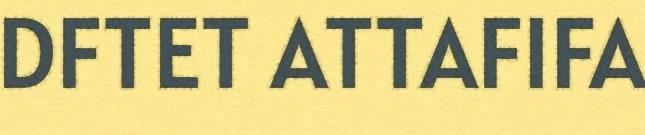
DFTET ATTAFIFA